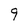
Character: 9